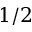
1 / 2